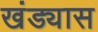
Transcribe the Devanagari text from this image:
खंड्यास